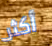
أكثر